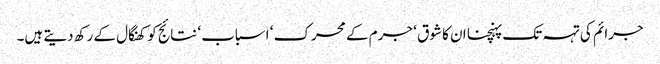
جرائم کی تہہ تک پہنچنا ان کا شوق ‘ جرم کے محرک ‘ اسباب ‘ نتائج کو کھنگال کے رکھ دیتے ہیں۔